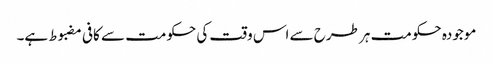
موجودہ حکومت ہر طرح سے اس وقت کی حکومت سے کافی مضبوط ہے۔